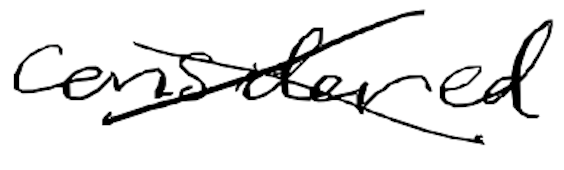
Text: considered
Cross-out: cross
Writing tool: digital_black